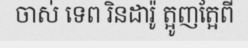
ចាស់ ទេព រិនដារ៉ូ ត្អូញត្អែពី